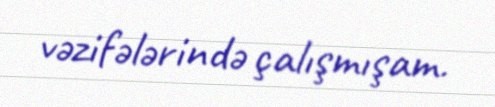
vəzifələrində çalışmışam.